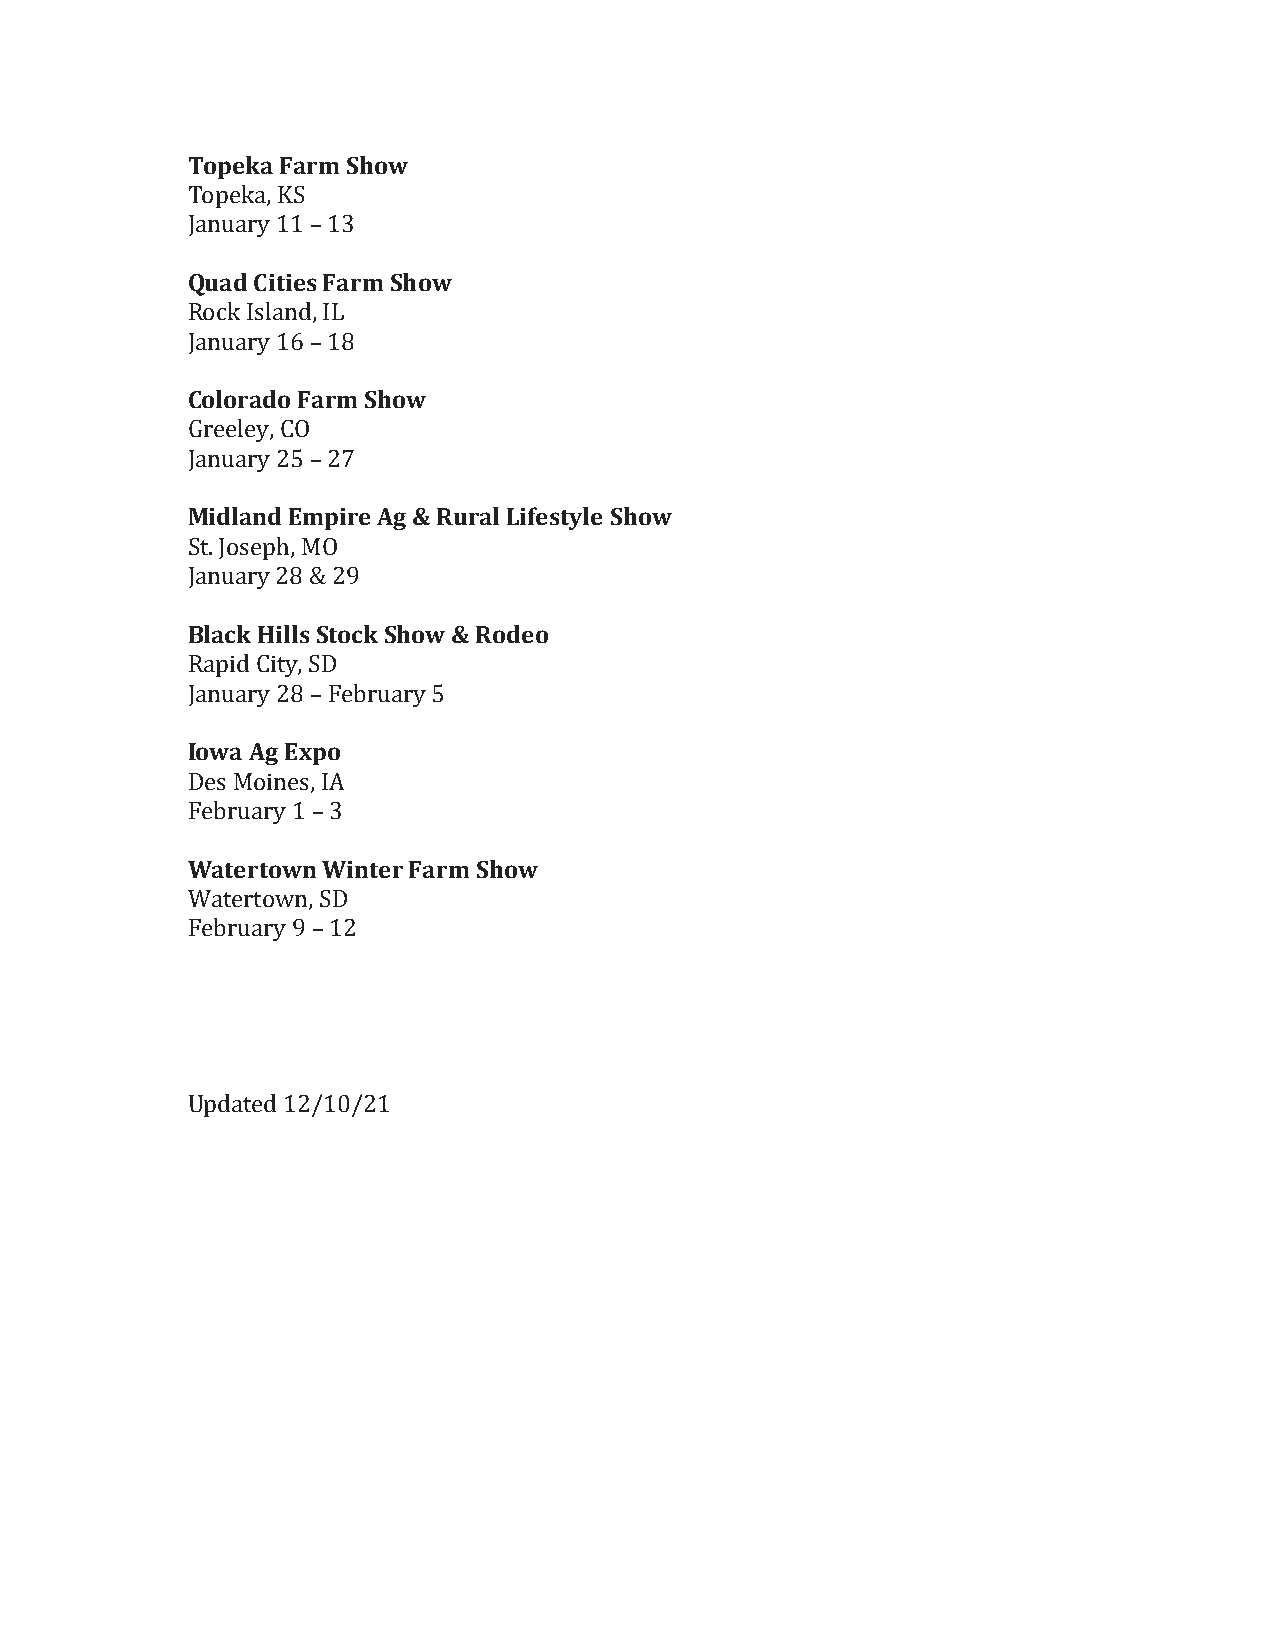
Topeka Farm Show
 Topeka, KS
 January 11 – 13
 Quad Cities Farm Show
 Rock Island, IL
 January 16 – 18
 Colorado Farm Show
 Greeley, CO
 January 25 – 27
 Midland Empire Ag & Rural Lifestyle Show
 St. Joseph, MO
 January 28 & 29
 Black Hills Stock Show & Rodeo
 Rapid City, SD
 January 28 – February 5
 Iowa Ag Expo
 Des Moines, IA
 February 1 – 3
 Watertown Winter Farm Show
 Watertown, SD
 February 9 – 12
 Updated 12/10/21